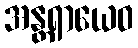
အန္တရာယေဝ